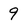
Character: 9